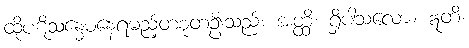
ထိုပဋိသန္ဓေမနေရမည့်တစုံတဦးသည်။ အတ္ထိ၊ ရှိပါသလော။ ဣတိ၊